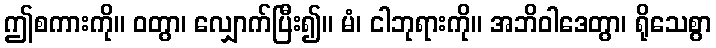
ဤစကားကို။ ဝတွာ၊ လျှောက်ပြီး၍။ မံ၊ ငါဘုရားကို။ အဘိဝါဒေတွာ၊ ရိုသေစွာ